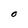
Character: O